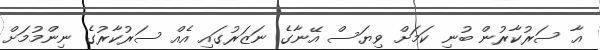
އާ ސަރުކާރުން ބުނި ކަމަށް ވިޔަސް އޭނާގެ ނަޒަރުގައި އެއް ސަރުކާރުގެ ނިންމުމަށް